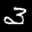
Label: 3